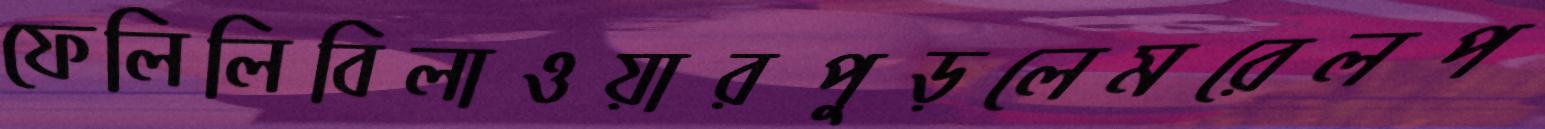
ফেলিলিবিলাওয়ারপুড়লেমরেলপ